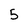
Character: 5